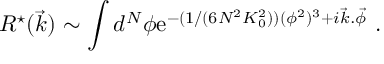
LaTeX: R ^ { \star } ( \vec { k } ) \sim \int d ^ { N } \phi \mathrm { e } ^ { - ( 1 / ( 6 N ^ { 2 } K _ { 0 } ^ { 2 } ) ) ( \phi ^ { 2 } ) ^ { 3 } + i \vec { k } . \vec { \phi } } \ .